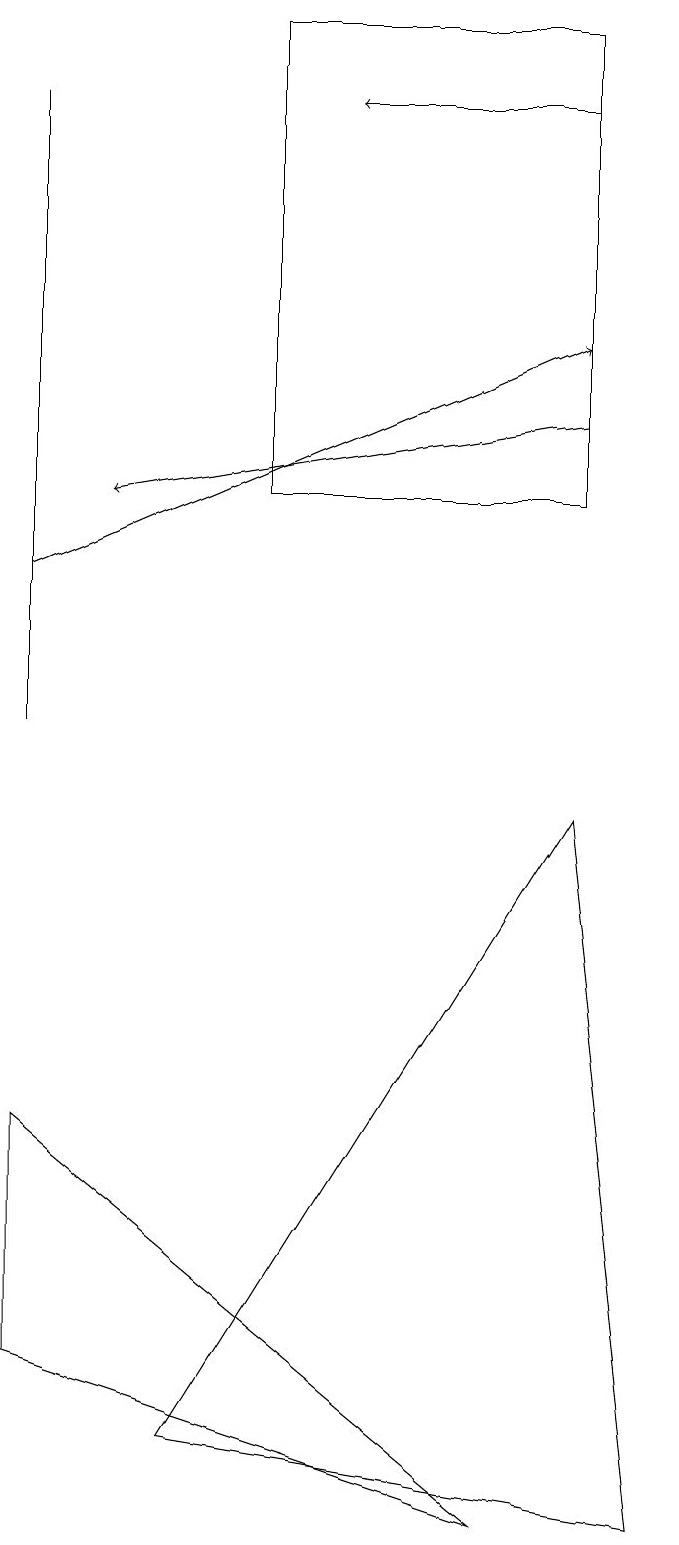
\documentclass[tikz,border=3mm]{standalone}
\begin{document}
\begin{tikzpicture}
\draw (1,14) rectangle (1,11);
\draw (4,13) rectangle (8,19);
\draw (8,9) -- (3,1) -- (9,0) -- cycle;
\draw[->] (8,14) -- (2,13);
\draw (1,10) rectangle (1,18);
\draw[->] (8,18) -- (5,18);
\draw (1,2) -- (7,0) -- (1,5) -- cycle;
\draw[->] (1,12) -- (8,15);
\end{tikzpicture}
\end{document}